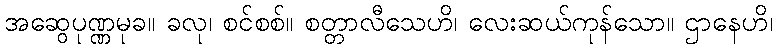
အဆွေပုဏ္ဏမုခ။ ခလု၊ စင်စစ်။ စတ္တာလီသေဟိ၊ လေးဆယ်ကုန်သော။ ဌာနေဟိ၊